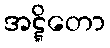
အဋ္ဋိတော